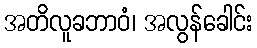
အတိလူခဘာဝံ၊ အလွန်ခေါင်း